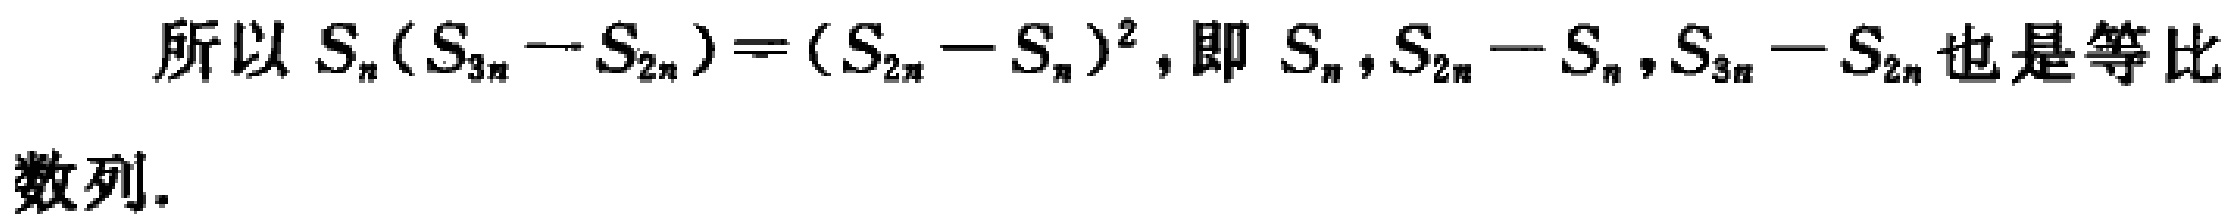
所以 \(S_{n}(S_{3n}-S_{2n})=(S_{2n}-S_{n})^{2}\)，即 \(S_{n},S_{2n}-S_{n},S_{3n}-S_{2n}\) 也是等比数列.